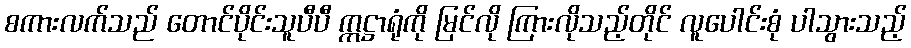
စကားလက်သည် တောင်ပိုင်းသူပီပီ ဣဋ္ဌာရုံကို မြင်လို ကြားလိုသည့်တိုင် လူပေါင်းစုံ ပါသွားသည့်